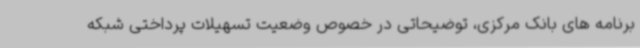
برنامه های بانک مرکزی، توضیحاتی در خصوص وضعیت تسهیلات پرداختی شبکه